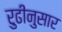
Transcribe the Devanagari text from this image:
रुढीनुसार